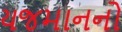
યજમાનનો